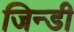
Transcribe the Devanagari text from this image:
जिन्डी